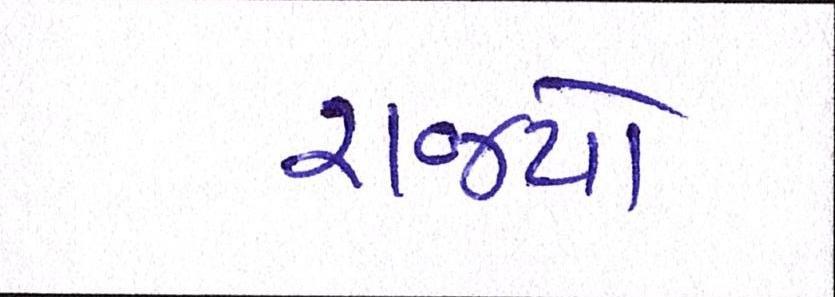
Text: રાજ્યો